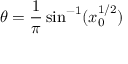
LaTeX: \theta = { \frac { 1 } { \pi } } \sin ^ { - 1 } ( x _ { 0 } ^ { 1 / 2 } )